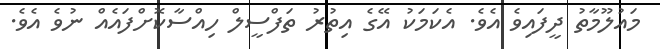
މައުލޫމާތު ދީފައިވެ އެވެ. އެކަމަކު އޭގެ އިތުރު ތަފްސީލް ހިއްސާކޮށްފައެއް ނުވެ އެވެ.